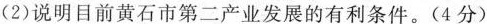
(2)说明目前黄石市第二产业发展的有利条件。(4分)